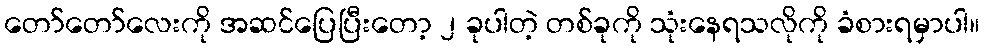
တော်တော်လေးကို အဆင်ပြေပြီးတော့ ၂ ခုပါတဲ့ တစ်ခုကို သုံးနေရသလိုကို ခံစားရမှာပါ။